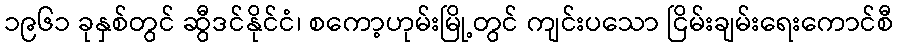
၁၉၆၁ ခုနှစ်တွင် ဆွီဒင်နိုင်ငံ၊ စကော့ဟုမ်းမြို့တွင် ကျင်းပသော ငြိမ်းချမ်းရေးကောင်စီ